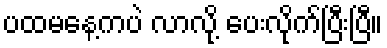
ပထမနေ့ကပဲ လာလို့ ပေးလိုက်ပြီးပြီ။